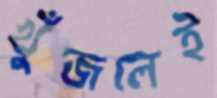
খুঁজলেই